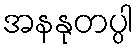
အနနုတပ္ပါ